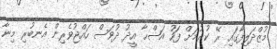
މުޒްދަލިފާގައި ރޭ ކުރުމަށް ފަހު އަޟްޙާ އީދު ދުވަސް ހައްޖުވެރިން އެނބުރި މިނާ